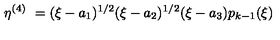
\eta ^ { ( 4 ) } \ = ( \xi - a _ { 1 } ) ^ { 1 / 2 } ( \xi - a _ { 2 } ) ^ { 1 / 2 } ( \xi - a _ { 3 } ) p _ { k - 1 } ( \xi )